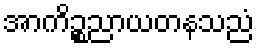
အာကိဉ္စညာယတနသညံ